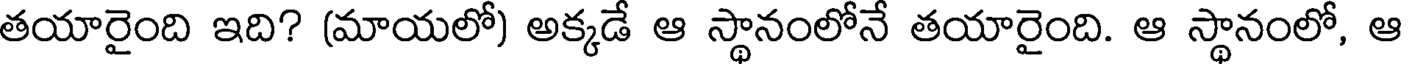
తయారైంది ఇది? (మాయలో) అక్కడే ఆ స్థానంలోనే తయారైంది. ఆ స్థానంలో, ఆ